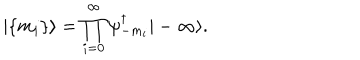
LaTeX: | \{ m _ { i } \} \rangle = \prod _ { i = 0 } ^ { \infty } \psi _ { - m _ { i } } ^ { \dagger } | - \infty \rangle .